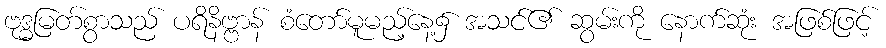
ဗုဒ္ဓမြတ်စွာသည် ပရိနိဗ္ဗာန် စံတော်မူမည့်နေ့၌ အသင်၏ ဆွမ်းကို နောက်ဆုံး အဖြစ်ဖြင့်